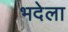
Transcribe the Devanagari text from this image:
भदेला